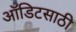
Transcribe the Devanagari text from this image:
ऑडिटसाठी